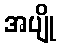
အပျို